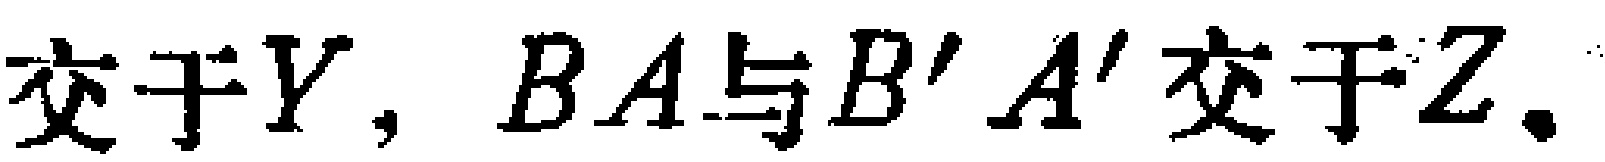
交于$Y$, $BA$与$B'A'$交于$Z$.